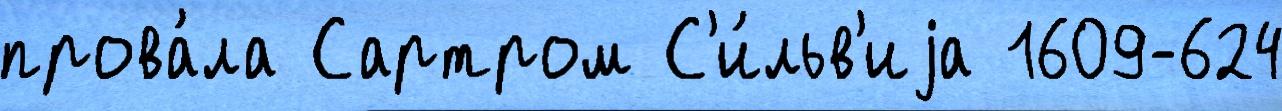
прова́ла Сартром С'и́льв'иjа 1609-624